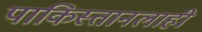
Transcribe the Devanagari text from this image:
पाकिस्तानलाही